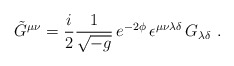
\begin{align*}\tilde G^{\mu\nu} = {\frac{i}{2}}\frac {1}{\sqrt{-g}}\, e^{-2\phi}\,\epsilon^{\mu\nu\lambda\delta}\,G_{\lambda\delta}\ .\end{align*}